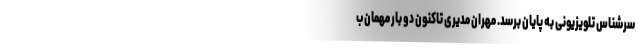
سرشناس تلویزیونی به پایان برسد. مهران مدیری تاکنون دو بار مهمان ب